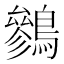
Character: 𪅩